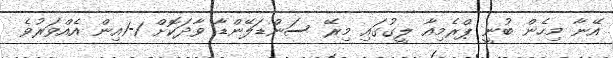
އޭނާ މިހެން ބުނީ ޕްރެމިއާ ލީގުގައި މިރޭ ސަންޑަލޭންޑާ ވާދަކޮށް 1-1އިން އެއްވަރުވެ